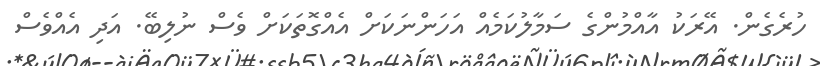
ހުރެގެން. އޭރަކު އާއްމުންގެ ސަމާލުކަމެއް އަހަންނަކަށް އެއްގޮތަކަށް ވެސް ނުލިބޭ. އަދި އެއްވެސް